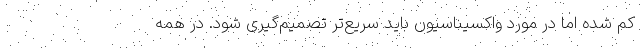
کم شده اما در مورد واکسیناسیون باید سریع‌تر تصمیم‌گیری شود. در همه